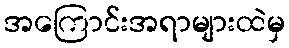
အကြောင်းအရာများထဲမှ